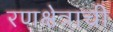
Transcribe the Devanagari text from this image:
रणक्षेत्राची